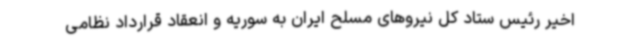
اخیر رئیس ستاد کل نیروهای مسلح ایران به سوریه و انعقاد قرارداد نظامی